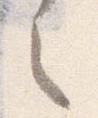
之